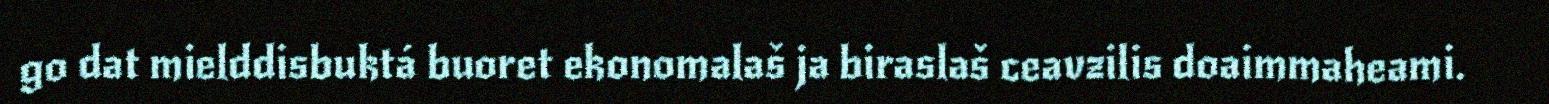
go dat mielddisbuktá buoret ekonomalaš ja biraslaš ceavzilis doaimmaheami.